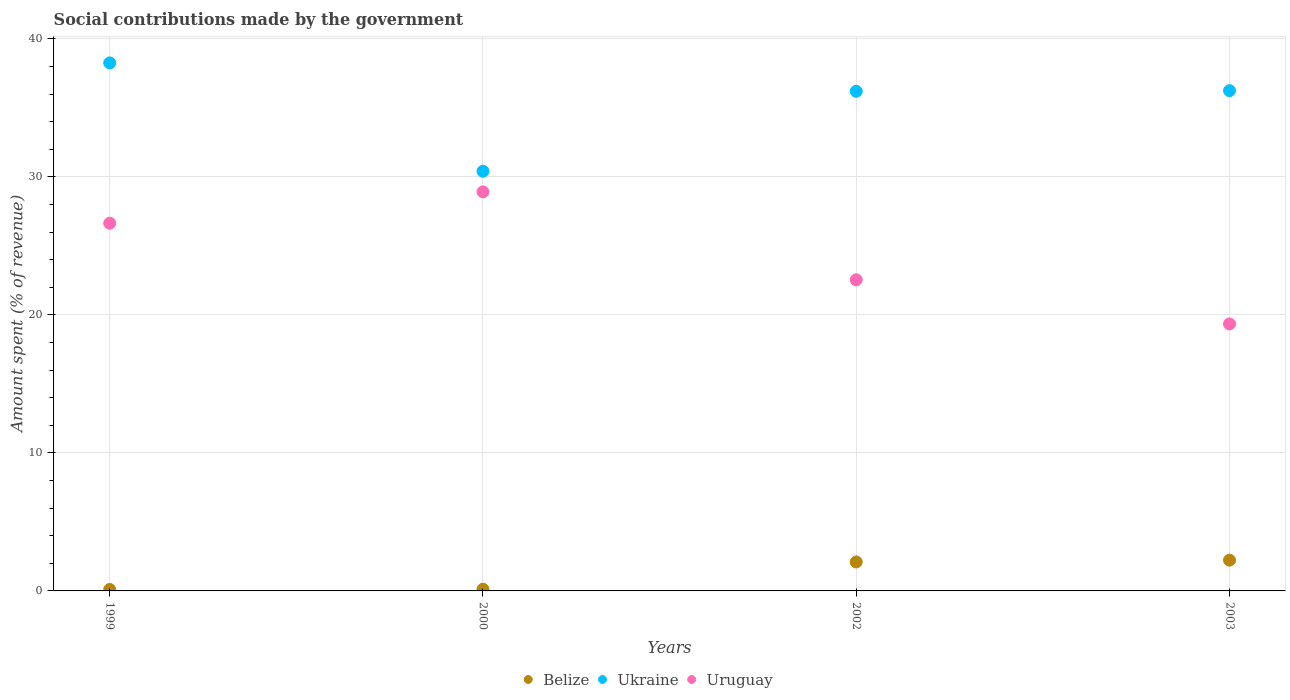
| Years | Belize | Ukraine | Uruguay |
 | --- | --- | --- | --- |
 | 1999 | 0.104 | 38.3 | 26.6 |
 | 2000 | 0.123 | 30.4 | 28.9 |
 | 2002 | 2.1 | 36.2 | 22.5 |
 | 2003 | 2.23 | 36.3 | 19.3 |